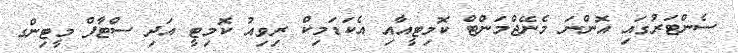
ސެންޓަރުގައި އޮންނަ މެނޭޖްމަންޓް ކޮމިޓީއާއި އެކަޑަމިކް ރިވިއު ކޮމިޓީ އަދި ސްޓާފް މީޓިންގ